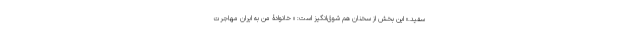
سفید.» این بخش از سخنان هم شوق‌انگیز است: « خانوادۀ من به ایران مهاجرت